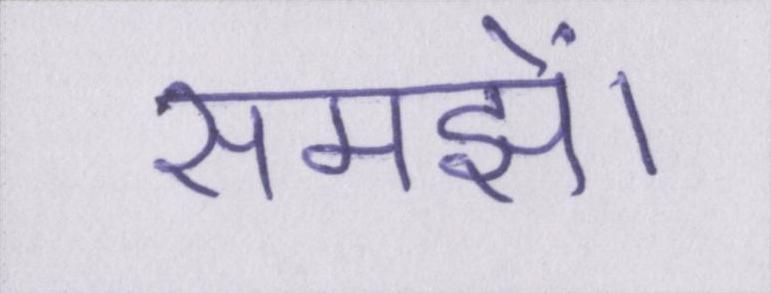
समझें।